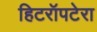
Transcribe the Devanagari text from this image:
हिटरॉपटेरा